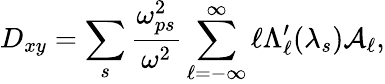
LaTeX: D_{xy}=\sum_{s}\frac{\omega_{ps}^{2}}{\omega^{2}}\sum_{\ell=-\infty}^{\infty}\ell\Lambda_{\ell}^{\prime}(\lambda_{s})\mathcal{A}_{\ell},